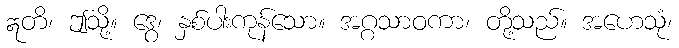
ဣတိ၊ ဤသို့။ ဒွေ၊ နှစ်ပါးကုန်သော။ အဂ္ဂသာဝကာ၊ တို့သည်။ အဟေသုံ၊